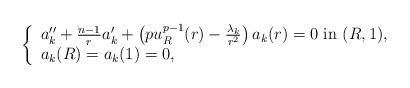
LaTeX: \begin{align*}\left\{\begin{array}{ll} a_k^{\prime\prime}+{n-1\over r}a_k^{\prime}+\left(p u_R^{p-1} (r)-{\lambda_k\over r^2}\right)a_k(r) = 0\ \hbox{in}\ (R,1) ,\\ a_k(R)=a_k(1) =0,\end{array}\right.\end{align*}